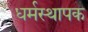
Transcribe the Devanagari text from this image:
धर्मस्थापक